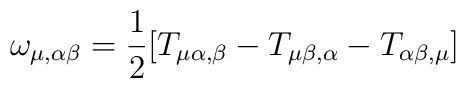
\omega_{\mu,\alpha\beta} = \frac{1}{2} [ T_{\mu\alpha,\beta} -T_{\mu\beta,\alpha} - T_{\alpha\beta,\mu} ]